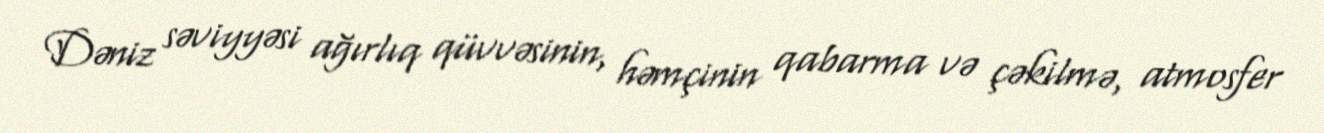
Dəniz səviyyəsi ağırlıq qüvvəsinin, həmçinin qabarma və çəkilmə, atmosfer